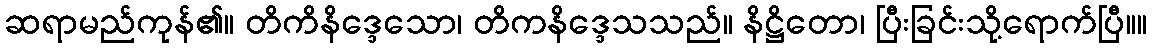
ဆရာမည်ကုန်၏။ တိကိနိဒ္ဒေသော၊ တိကနိဒ္ဒေသသည်။ နိဋ္ဌိတော၊ ပြီးခြင်းသို့ရောက်ပြီ။။